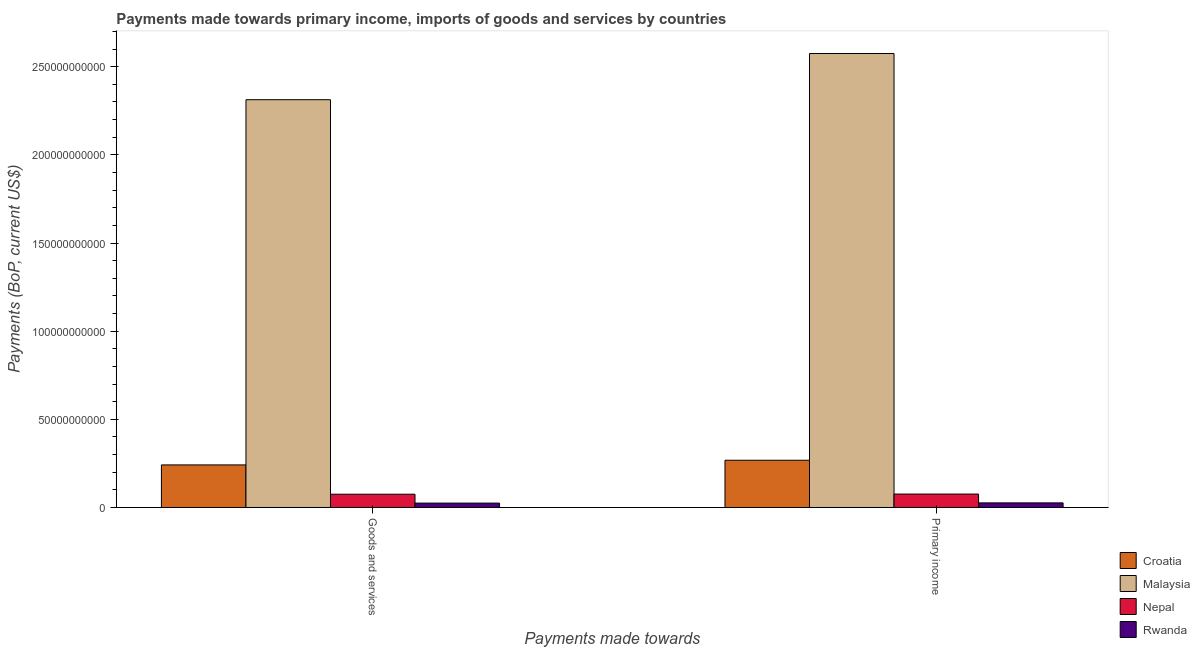
| Payments made towards | Croatia | Malaysia | Nepal | Rwanda |
 | --- | --- | --- | --- | --- |
 | Goods and services | 2.42e+10 | 2.31e+11 | 7.53e+09 | 2.48e+09 |
 | Primary income | 2.68e+10 | 2.57e+11 | 7.62e+09 | 2.61e+09 |